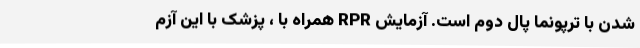
شدن با ترپونما پال دوم است. آزمایش RPR همراه با ، پزشک با این آزم